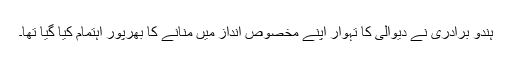
ہندو برادری نے دیوالی کا تہوار اپنے مخصوص انداز میں منانے کا بھرپور اہتمام کیا گیا تھا۔